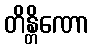
တိန္တိဏော